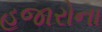
હજારોના